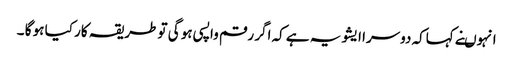
انہوںنے کہاکہ دوسرا ایشو یہ ہے کہ اگر رقم واپسی ہو گی تو طریقہ کار کیا ہو گا ۔